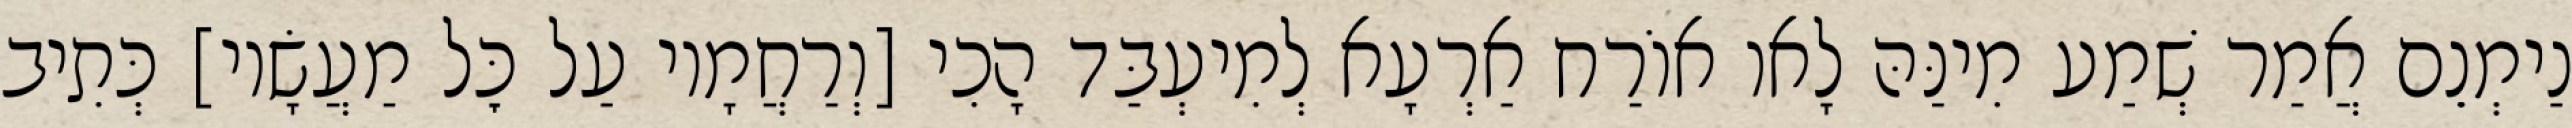
נַימְנֵם אֲמַר שְׁמַע מִינַּהּ לָאו אוֹרַח אַרְעָא לְמִיעְבַּד הָכִי [וְרַחֲמָיו עַל כׇּל מַעֲשָׂיו] כְּתִיב